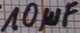
Text: 10µF